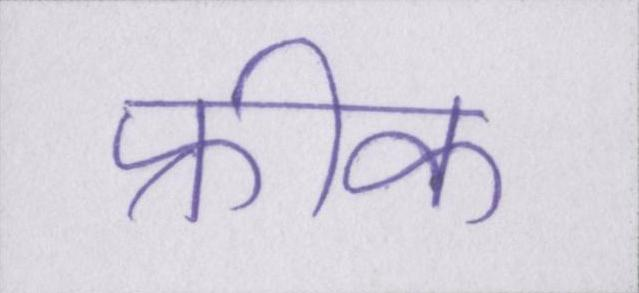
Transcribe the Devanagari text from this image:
फ्रीक